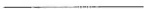
___